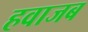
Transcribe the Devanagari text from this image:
हवाजब